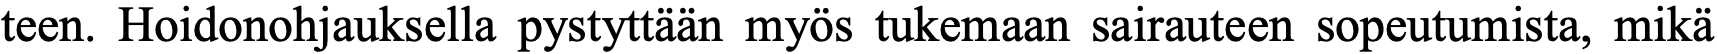
teen. Hoidonohjauksella pystyttään myös tukemaan sairauteen sopeutumista, mikä